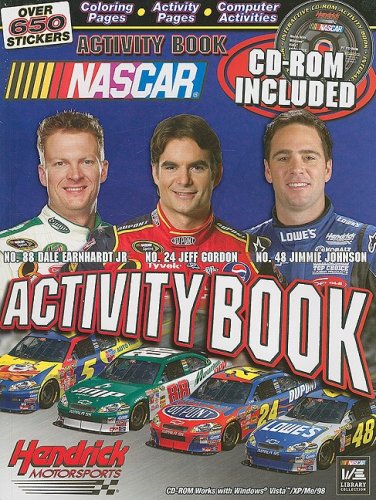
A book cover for NASCAR Hendricks Motorsports Activity Book; Larry Carney; Children's Books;